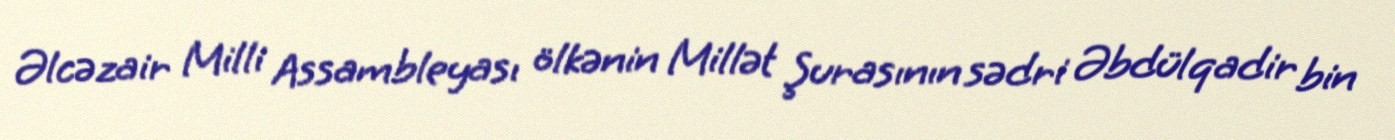
Əlcəzair Milli Assambleyası ölkənin Millət Şurasının sədri Əbdülqadir bin